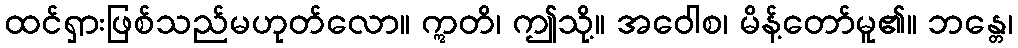
ထင်ရှားဖြစ်သည်မဟုတ်လော။ ဣတိ၊ ဤသို့။ အဝေါစ၊ မိန့်တော်မူ၏။ ဘန္တေ၊